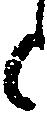
と